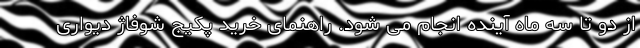
از دو تا سه ماه آینده انجام می شود. راهنمای خرید پکیج شوفاژ دیواری